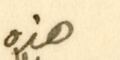
هذه